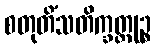
စတုတိံသတိက္ခတ္တုဉ္စ